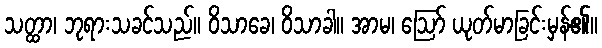
သတ္ထာ၊ ဘုရားသခင်သည်။ ဝိသာခေ၊ ဝိသာခါ။ အာမ၊ ဩော် ယုတ်မာခြင်းမှန်၏။